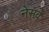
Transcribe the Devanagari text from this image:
नेसव